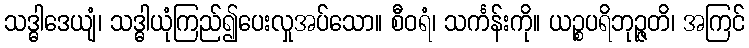
သဒ္ဓါဒေယျံ၊ သဒ္ဓါယုံကြည်၍ပေးလှုအပ်သော။ စီဝရံ၊ သင်္ကန်းကို။ ယဉ္စပရိဘုဉ္ဇတိ၊ အကြင်